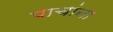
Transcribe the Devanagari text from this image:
पाचांना